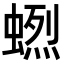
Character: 𧏲